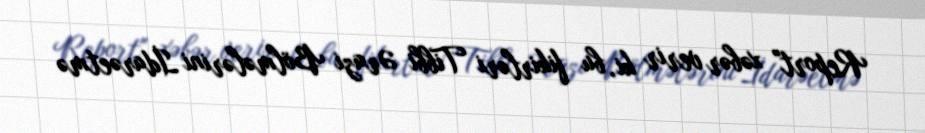
Report" xəbər verir ki, bu fikirləri Tibbi Ərazi Bölmələrini İdarəetmə